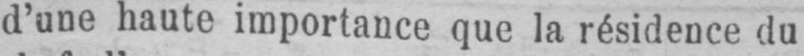
d’une haute importance que la résidence du